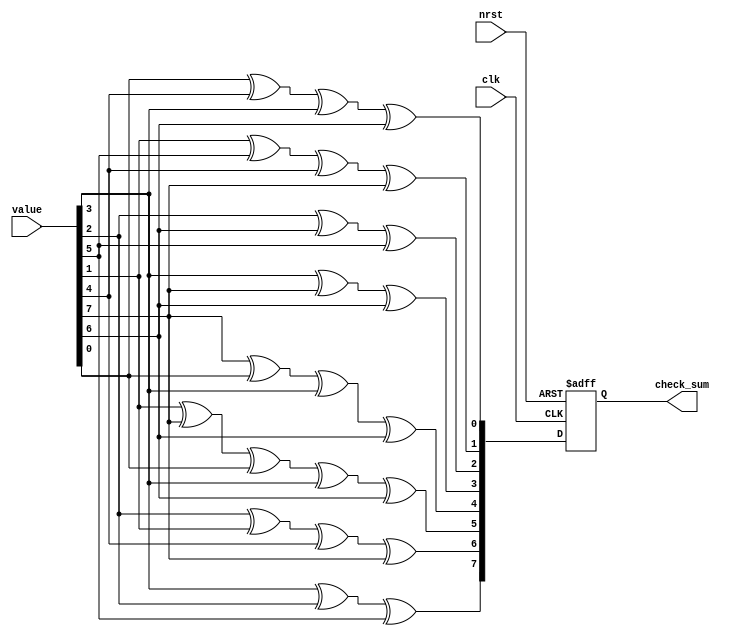
module lexin_bishi(
	input	clk,
	input	nrst,
	input	[7:0]	value,
	output	reg	[7:0]	check_sum
	);
always@(posedge clk	or	negedge nrst)begin
	if(!nrst)
		check_sum	<=	8'd0;
	else	begin
		check_sum[7]=	value[3]^value[2]^value[5];
		check_sum[6]=	value[2]^value[1]^value[4]^value[7];
		check_sum[5]=	value[1]^value[7]^value[0]^value[3]^value[6];
		check_sum[4]=	value[7]^value[0]^value[3]^value[6];
		check_sum[3]=	value[3]^value[7]^value[6];
		check_sum[2]=	value[2]^value[6]^value[5];
		check_sum[1]=	value[1]^value[5]^value[4]^value[7];
		check_sum[0]=	value[0]^value[4]^value[3]^value[6];
	end
end
endmodule